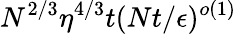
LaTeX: N^{2/3}\eta^{4/3}t(Nt/\epsilon)^{o(1)}